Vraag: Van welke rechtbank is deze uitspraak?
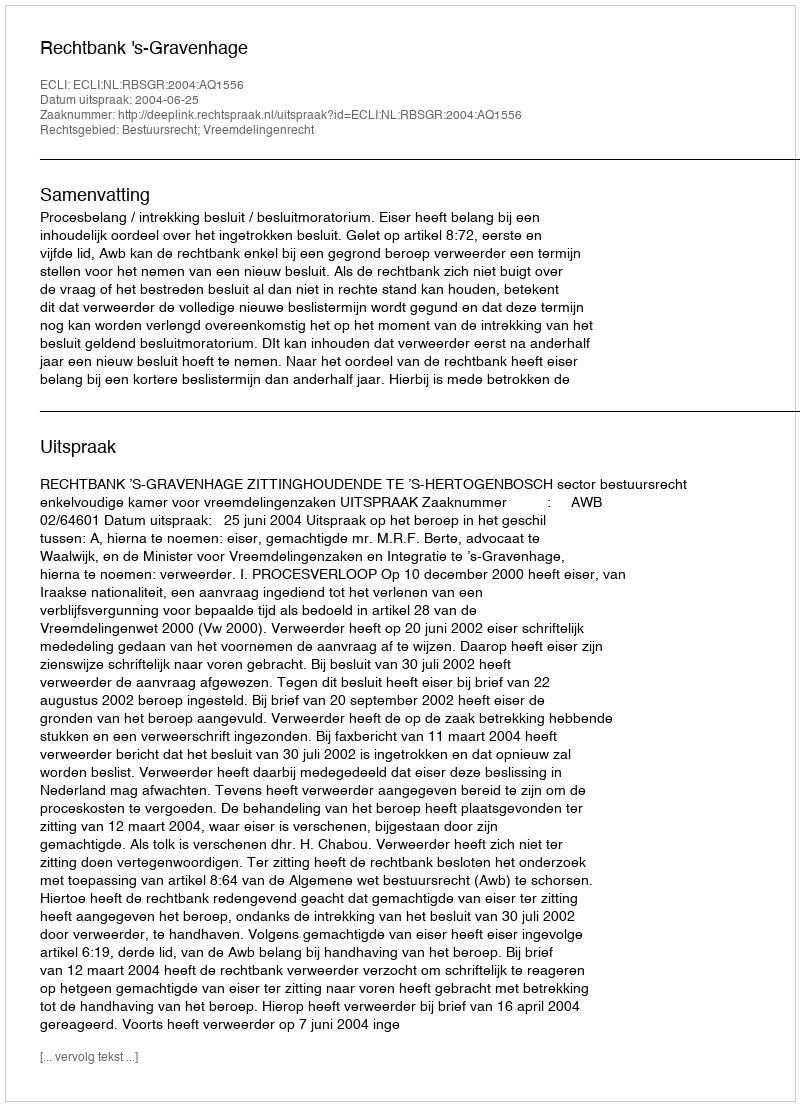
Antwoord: Rechtbank 's-Gravenhage